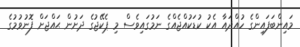
މައިންބަފައިންގެ ހުއްދައާ އެކު ކުޑަކުއްޖެއްގެ ނަމުގައިވެސް މި ޕެކޭޖުގެ ދަށުން ޙައްޖަށް ފޮނުވުމުގެ